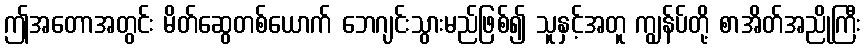
ဤအတောအတွင်း မိတ်ဆွေတစ်ယောက် ဘေဂျင်းသွားမည်ဖြစ်၍ သူနှင့်အတူ ကျွန်ပ်တို့ စာအိတ်အညိုကြီး